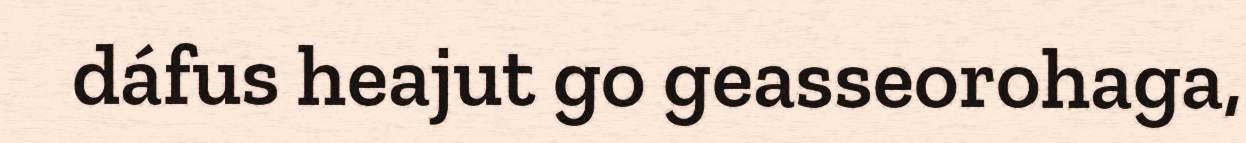
dáfus heajut go geasseorohaga,